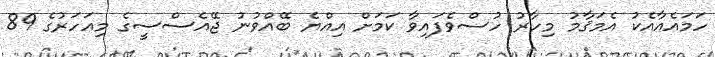
ހަމައެއާއެކު އެމަޤާމު މިހާރު ހުސްވެފައިވާ ކަމަށް އިއްޔެ ބޭއްވުނު ޖޭއެސްސީގެ މިއަހަރުގެ 89